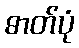
ဓာတ်ပုံ